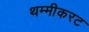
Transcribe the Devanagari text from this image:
थम्मीकरट